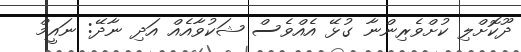
ދޫކޮށްލި ކުށްވެރިންނާ ގުޅޭ އެއްވެސް ޝަކުވާއެއް އަދި ނާދޭ: ނައީމް